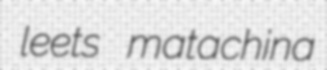
leets matachina